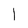
Character: l